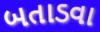
બતાડવા